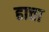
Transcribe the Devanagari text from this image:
हात्ता